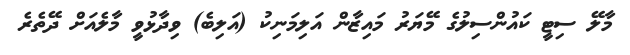
މާލޭ ސިޓީ ކައުންސިލުގެ މޭޔަރު މައިޒާން އަލިމަނިކު (އަލިބެ) ވިދާޅުވީ މާލެއަށް ދޭތެރެ